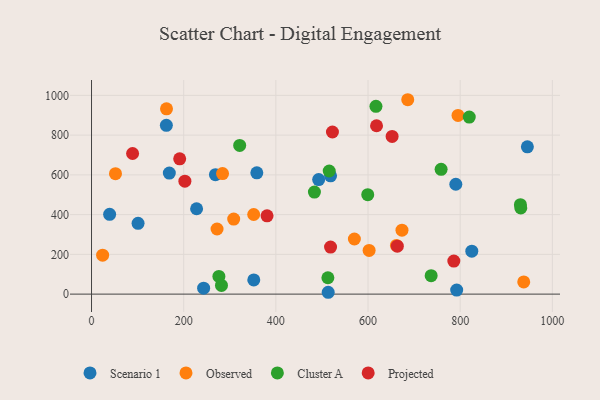
{"axis": {"x": "Study Hours", "y": "Fuel Efficiency"}, "legend": ["Cluster A", "Observed", "Projected", "Scenario 1"], "data": [{"x": "268.9", "y": 601.1, "type": "Scenario 1"}, {"x": "39.3", "y": 401.6, "type": "Scenario 1"}, {"x": "101.0", "y": 356.2, "type": "Scenario 1"}, {"x": "492.9", "y": 576.3, "type": "Scenario 1"}, {"x": "513.6", "y": 9.3, "type": "Scenario 1"}, {"x": "518.7", "y": 595.0, "type": "Scenario 1"}, {"x": "243.3", "y": 29.7, "type": "Scenario 1"}, {"x": "790.5", "y": 552.8, "type": "Scenario 1"}, {"x": "228.0", "y": 429.5, "type": "Scenario 1"}, {"x": "352.1", "y": 71.3, "type": "Scenario 1"}, {"x": "825.2", "y": 216.0, "type": "Scenario 1"}, {"x": "168.8", "y": 609.0, "type": "Scenario 1"}, {"x": "162.4", "y": 849.2, "type": "Scenario 1"}, {"x": "358.7", "y": 610.3, "type": "Scenario 1"}, {"x": "792.4", "y": 20.6, "type": "Scenario 1"}, {"x": "945.8", "y": 741.1, "type": "Scenario 1"}, {"x": "686.2", "y": 978.1, "type": "Observed"}, {"x": "795.3", "y": 899.1, "type": "Observed"}, {"x": "351.9", "y": 400.6, "type": "Observed"}, {"x": "937.9", "y": 61.2, "type": "Observed"}, {"x": "602.4", "y": 220.1, "type": "Observed"}, {"x": "661.7", "y": 244.9, "type": "Observed"}, {"x": "272.4", "y": 327.6, "type": "Observed"}, {"x": "52.0", "y": 605.8, "type": "Observed"}, {"x": "308.5", "y": 377.6, "type": "Observed"}, {"x": "284.3", "y": 606.4, "type": "Observed"}, {"x": "673.7", "y": 321.8, "type": "Observed"}, {"x": "570.4", "y": 277.3, "type": "Observed"}, {"x": "162.7", "y": 932.1, "type": "Observed"}, {"x": "24.1", "y": 196.0, "type": "Observed"}, {"x": "737.0", "y": 92.9, "type": "Cluster A"}, {"x": "819.7", "y": 891.0, "type": "Cluster A"}, {"x": "276.4", "y": 88.8, "type": "Cluster A"}, {"x": "930.7", "y": 450.3, "type": "Cluster A"}, {"x": "599.4", "y": 500.3, "type": "Cluster A"}, {"x": "758.6", "y": 628.0, "type": "Cluster A"}, {"x": "515.8", "y": 619.6, "type": "Cluster A"}, {"x": "282.0", "y": 43.6, "type": "Cluster A"}, {"x": "931.5", "y": 433.7, "type": "Cluster A"}, {"x": "483.7", "y": 513.3, "type": "Cluster A"}, {"x": "512.9", "y": 82.5, "type": "Cluster A"}, {"x": "321.5", "y": 748.4, "type": "Cluster A"}, {"x": "617.2", "y": 944.7, "type": "Cluster A"}, {"x": "652.3", "y": 793.6, "type": "Projected"}, {"x": "522.8", "y": 815.7, "type": "Projected"}, {"x": "618.5", "y": 847.2, "type": "Projected"}, {"x": "663.6", "y": 241.2, "type": "Projected"}, {"x": "202.6", "y": 568.5, "type": "Projected"}, {"x": "786.2", "y": 166.3, "type": "Projected"}, {"x": "380.9", "y": 394.2, "type": "Projected"}, {"x": "191.3", "y": 680.5, "type": "Projected"}, {"x": "518.7", "y": 236.8, "type": "Projected"}, {"x": "89.1", "y": 707.5, "type": "Projected"}]}